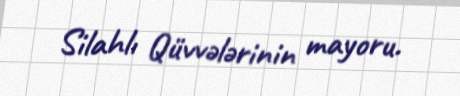
Silahlı Qüvvələrinin mayoru.